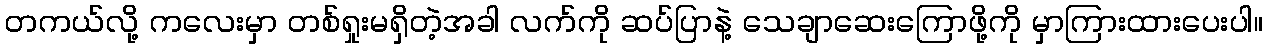
တကယ်လို့ ကလေးမှာ တစ်ရှုးမရှိတဲ့အခါ လက်ကို ဆပ်ပြာနဲ့ သေချာဆေးကြောဖို့ကို မှာကြားထားပေးပါ။